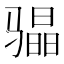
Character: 𮹐